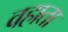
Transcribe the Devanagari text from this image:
वहाता